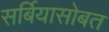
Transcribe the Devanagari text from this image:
सर्बियासोबत